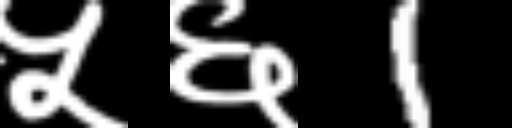
Text: ५६1